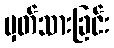
မှတ်သားခြင်း